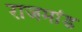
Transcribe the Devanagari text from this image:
राजमांड